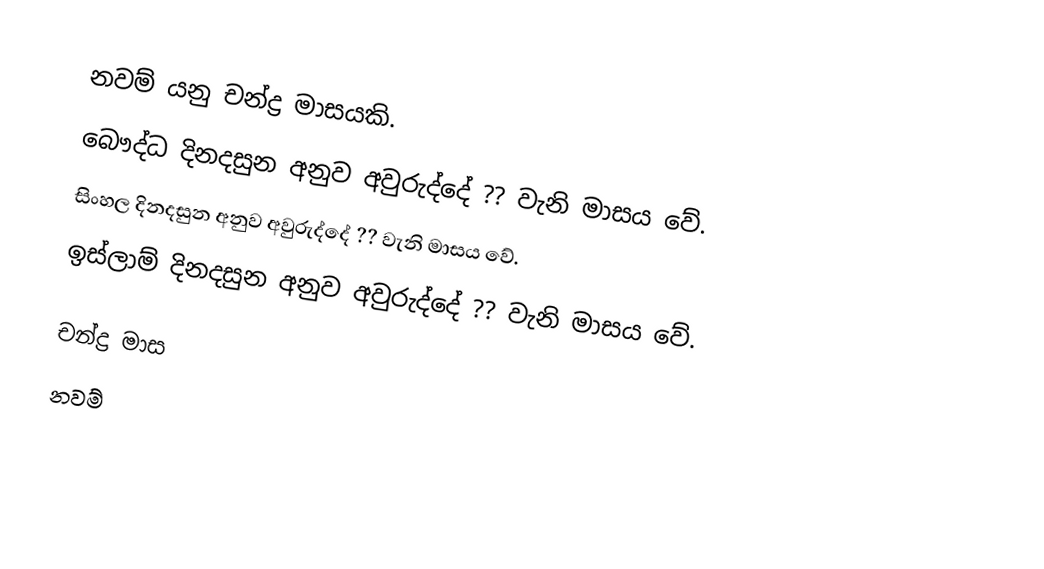
නවම් යනු චන්ද්‍ර මාසයකි.
 බෞද්ධ දිනදසුන අනුව අවුරුද්දේ ?? වැනි මාසය වේ.
 සිංහල දිනදසුන අනුව අවුරුද්දේ ?? වැනි මාසය වේ.
 ඉස්ලාම් දිනදසුන අනුව අවුරුද්දේ ?? වැනි මාසය වේ.

චන්ද්‍ර මාස
නවම්